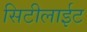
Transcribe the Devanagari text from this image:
सिटीलाईट